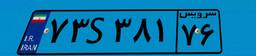
۲۲S۵۰۹۲۹